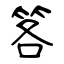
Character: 笿